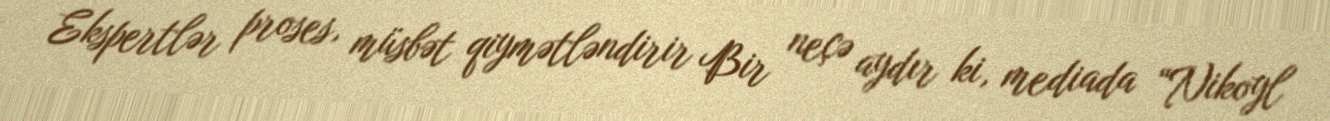
Ekspertlər proses, müsbət qiymətləndirir Bir neçə aydır ki, mediada “Nikoyl